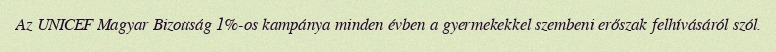
Az UNICEF Magyar Bizottság 1%-os kampánya minden évben a gyermekekkel szembeni erőszak felhívásáról szól.